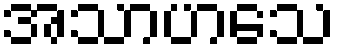
အသာဟသေ